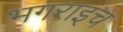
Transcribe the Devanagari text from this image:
भगराइच